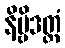
နိဗ္ဗိဒတ္ထံ